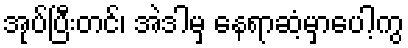
အုပ်ပြီးတင်၊ အဲဒါမှ နေရာဆံ့မှာပေါ့ကွ